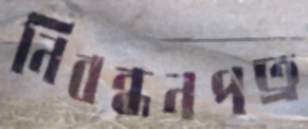
নিবন্ধনপত্র